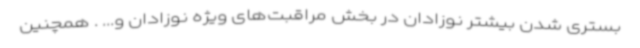
بستری شدن بیشتر نوزادان در بخش مراقبت‌های ویژه نوزادان و... . همچنین